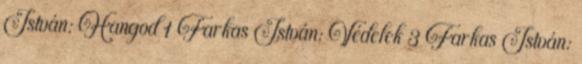
István: Hangod 1 Farkas István: Védelek 3 Farkas István: